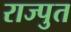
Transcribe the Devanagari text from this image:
राज्पुत